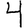
Digit: 4